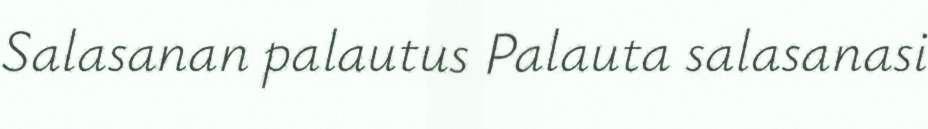
Salasanan palautus Palauta salasanasi